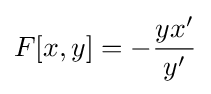
F[x,y]=-{\frac {yx'}{y'}}